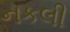
નકલી